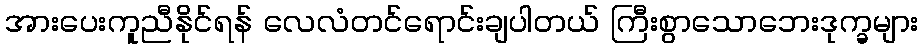
အားပေးကူညီနိုင်ရန် လေလံတင်ရောင်းချပါတယ် ကြီးစွာသောဘေးဒုက္ခများ